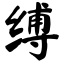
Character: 缚